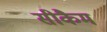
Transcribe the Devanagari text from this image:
सीकैम